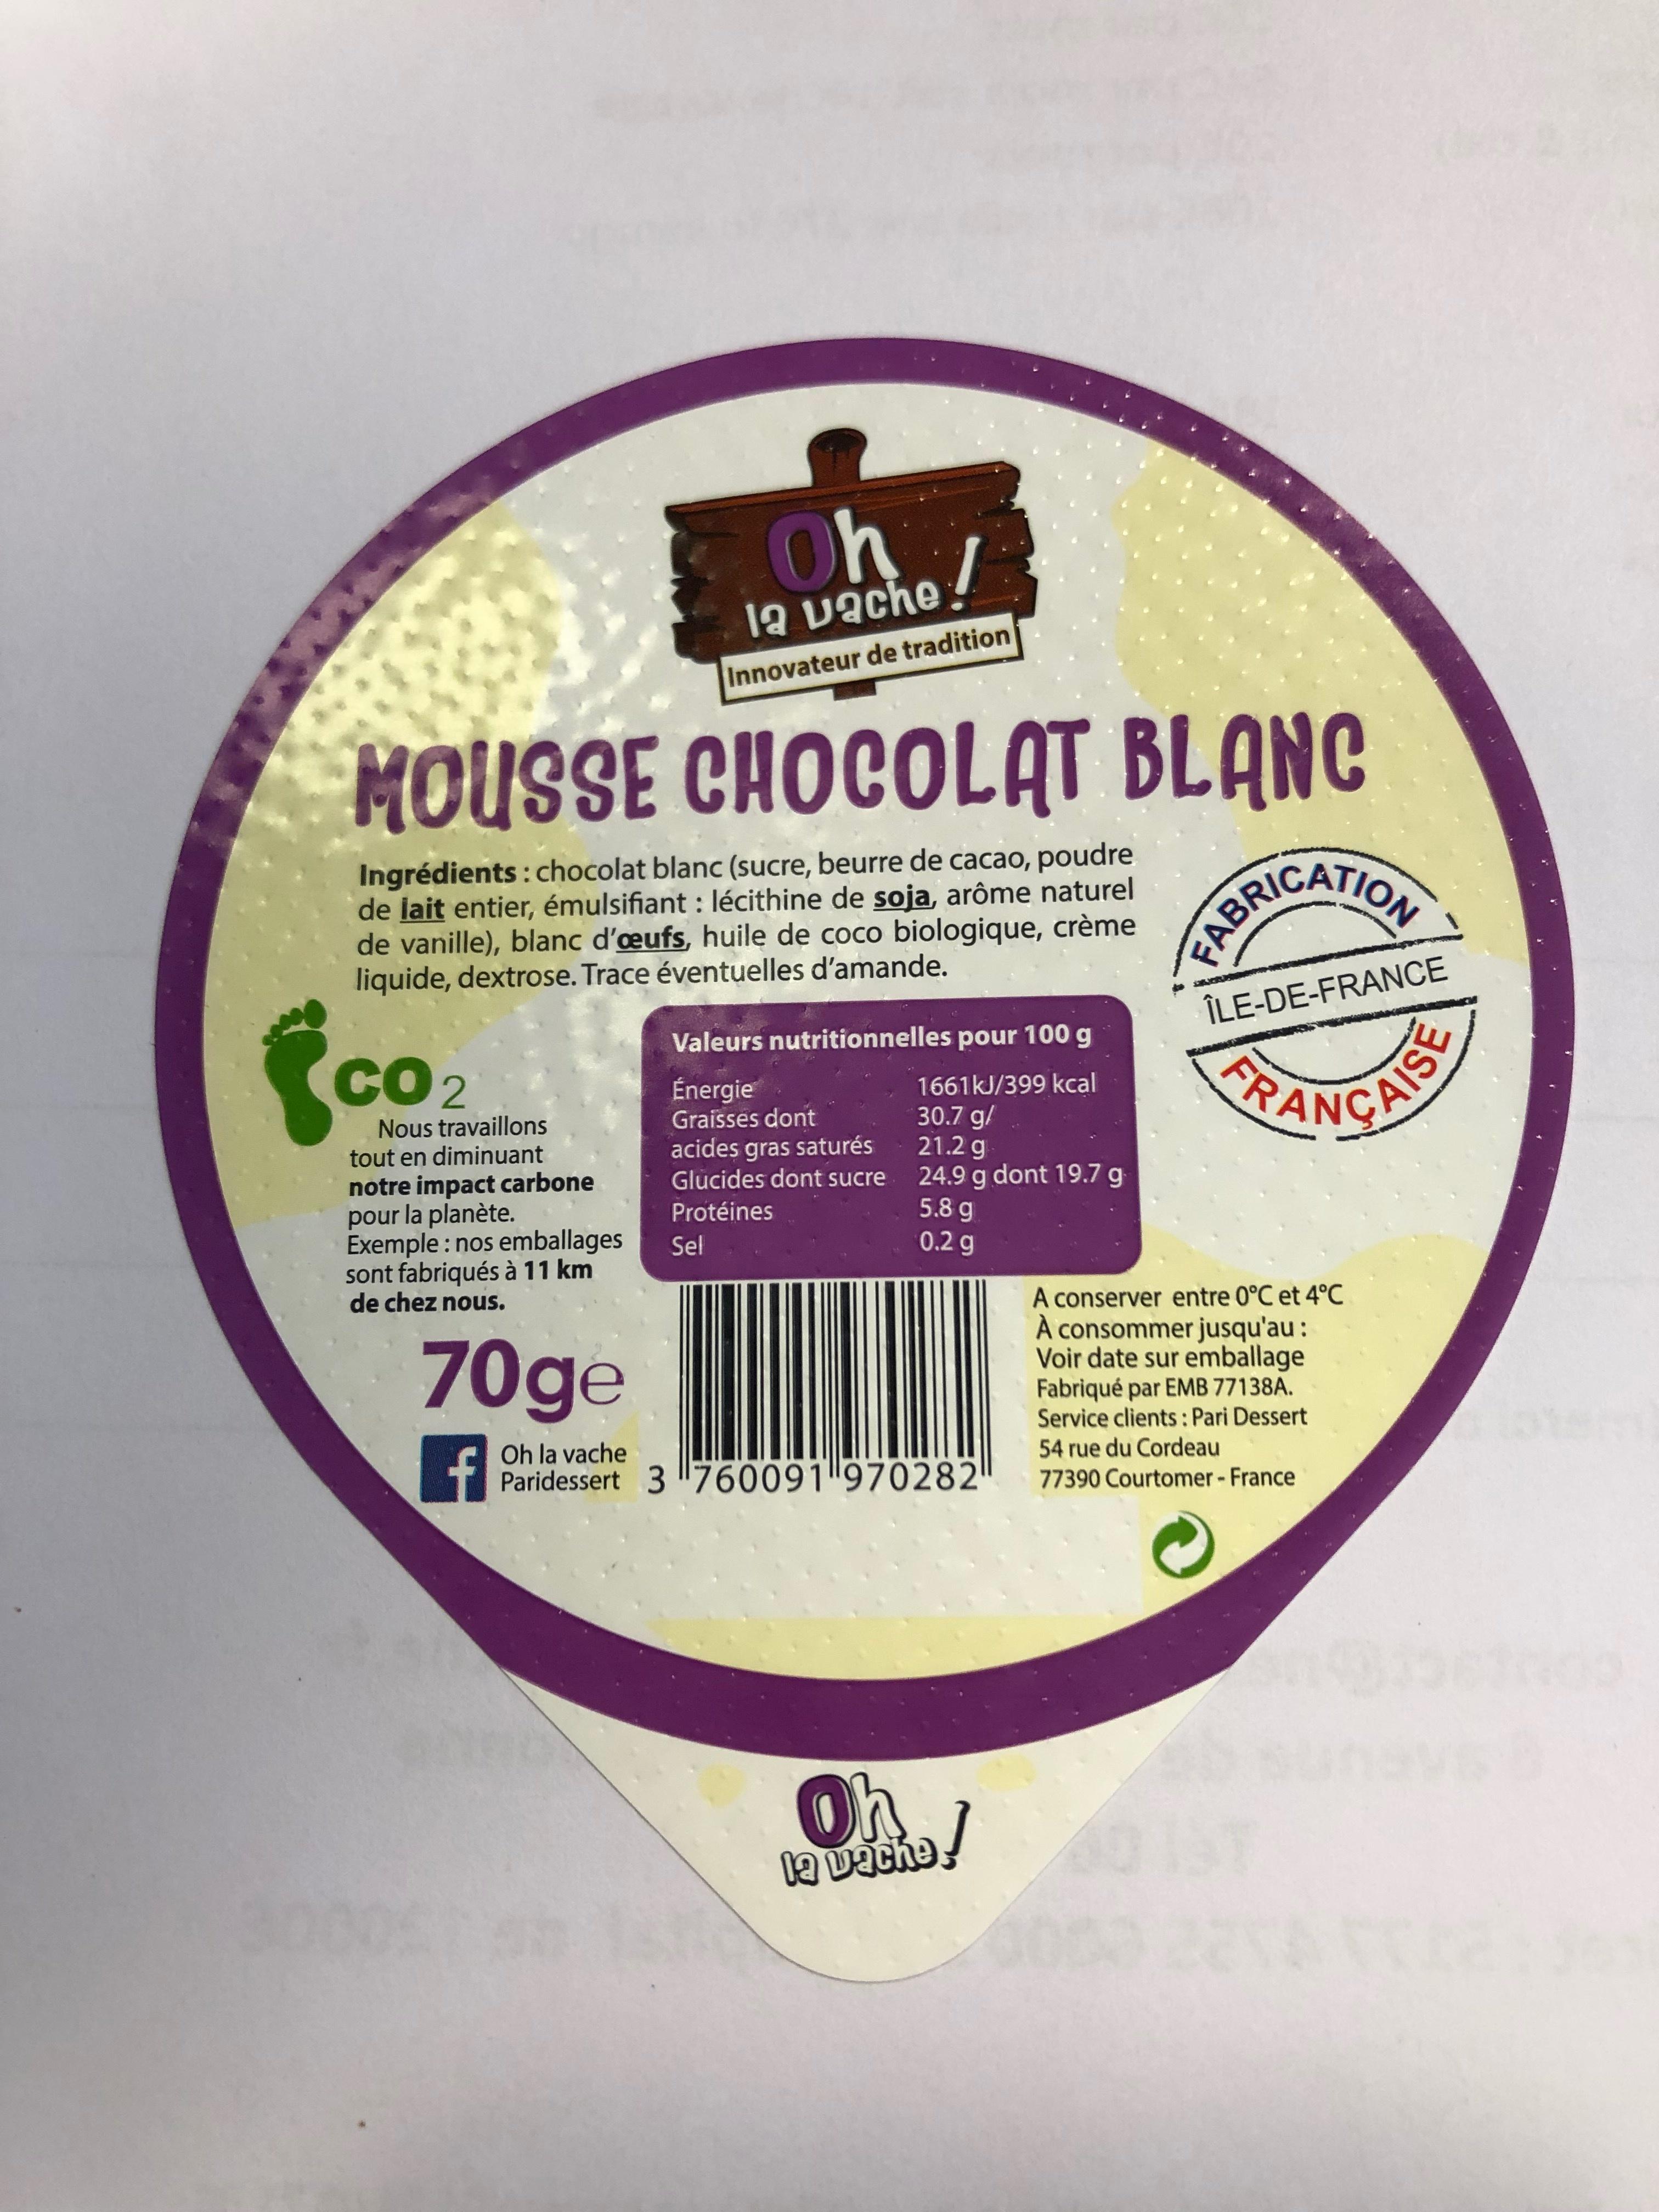
Oh la uache Innovateur de tradition MOUSSE CHOCOLAT BLANC Ingrédients: chocolat blanc (sucre, beurre de cacao, poudre de lait entier, émulsifiant : lécithine de soja, arôme naturel de vanille), blanc d'oeufs, huile de coco biologique, crème liquide, dextrose. Trace éventuelles d'amande. FABRIC ILE-DE-FRANCE THEICATLON Valeurs nutritionnelles pour 100 g CO2 FR Energie Graisses dont 1661KJ/399 kcal 30.7 g/ 21.2g 24.9 g dont 19.7 g 5.8 g 0.2 g Nous travaillons tout en diminuant acides gras saturés Glucides dont sucre notre impact carbone pour la planète. Exemple: nos emballages sont fabriqués à 11 km de chez nous. Protéines Sel A conserver entre 0°C et 4°C A consommer jusqu'au : Voir date sur emballage Fabriqué par EMB 77138A Service clients:Pari Dessert 54 rue du Cordeau 77390 Courtomer-France 70ge f Oh la vache Paridessert 3 760091 "970282 Oh a vache 4003 2818 FR CAISE